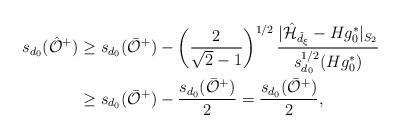
LaTeX: \begin{align*} s_{d_0}(\hat{\mathcal{O}}^+) &\geq s_{d_0}(\bar{\mathcal{O}}^+) - \left(\frac{2}{\sqrt{2} - 1}\right)^{1/2} \frac{|\hat{\mathcal{H}}_{\check{d}_{\xi}} -H g_0^*|_{S_2}}{s^{1/2}_{d_0}(Hg_0^*)} \\ &\geq s_{d_0}(\bar{\mathcal{O}}^+) - \frac{s_{d_0}(\bar{\mathcal{O}}^+)}{2} = \frac{s_{d_0}(\bar{\mathcal{O}}^+)}{2},\end{align*}